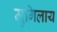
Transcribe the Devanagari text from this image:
मुगिलाय